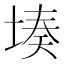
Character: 𮰦